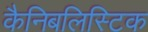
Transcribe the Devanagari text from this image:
कैनिबलिस्टिक